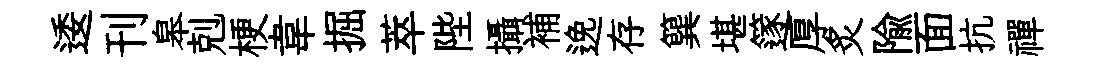
逶刊皋剋梗韋掘萃陛攝補𨓜存簨堪篴厚炙隃面抗禪